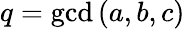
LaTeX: q=\operatorname*{gcd}{(a,b,c)}